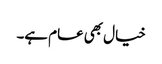
خیال بھی عام ہے۔